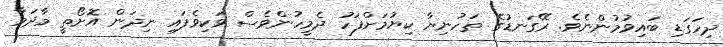
ދިހަގަޑި ބައިވުމުންނެވެ. ރޭގަނޑުގެ ތަހުނިޔާ ކިޔުމަށްފަހު ދެމީހުންވެސް ވަކިވެފައި ނިދަން އޮށޯތީ މާދަމާ